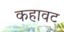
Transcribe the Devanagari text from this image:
कहावट